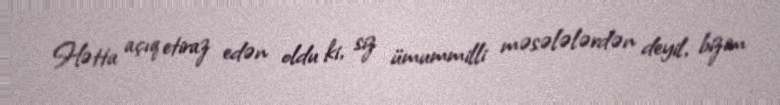
Hətta açıq etiraz edən oldu ki, siz ümummilli məsələlərdən deyil, bizim